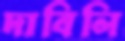
দাবিলি